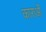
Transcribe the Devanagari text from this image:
काराओं